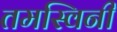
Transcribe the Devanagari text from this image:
तमस्विनी